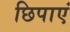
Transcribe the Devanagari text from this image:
छिपाएं